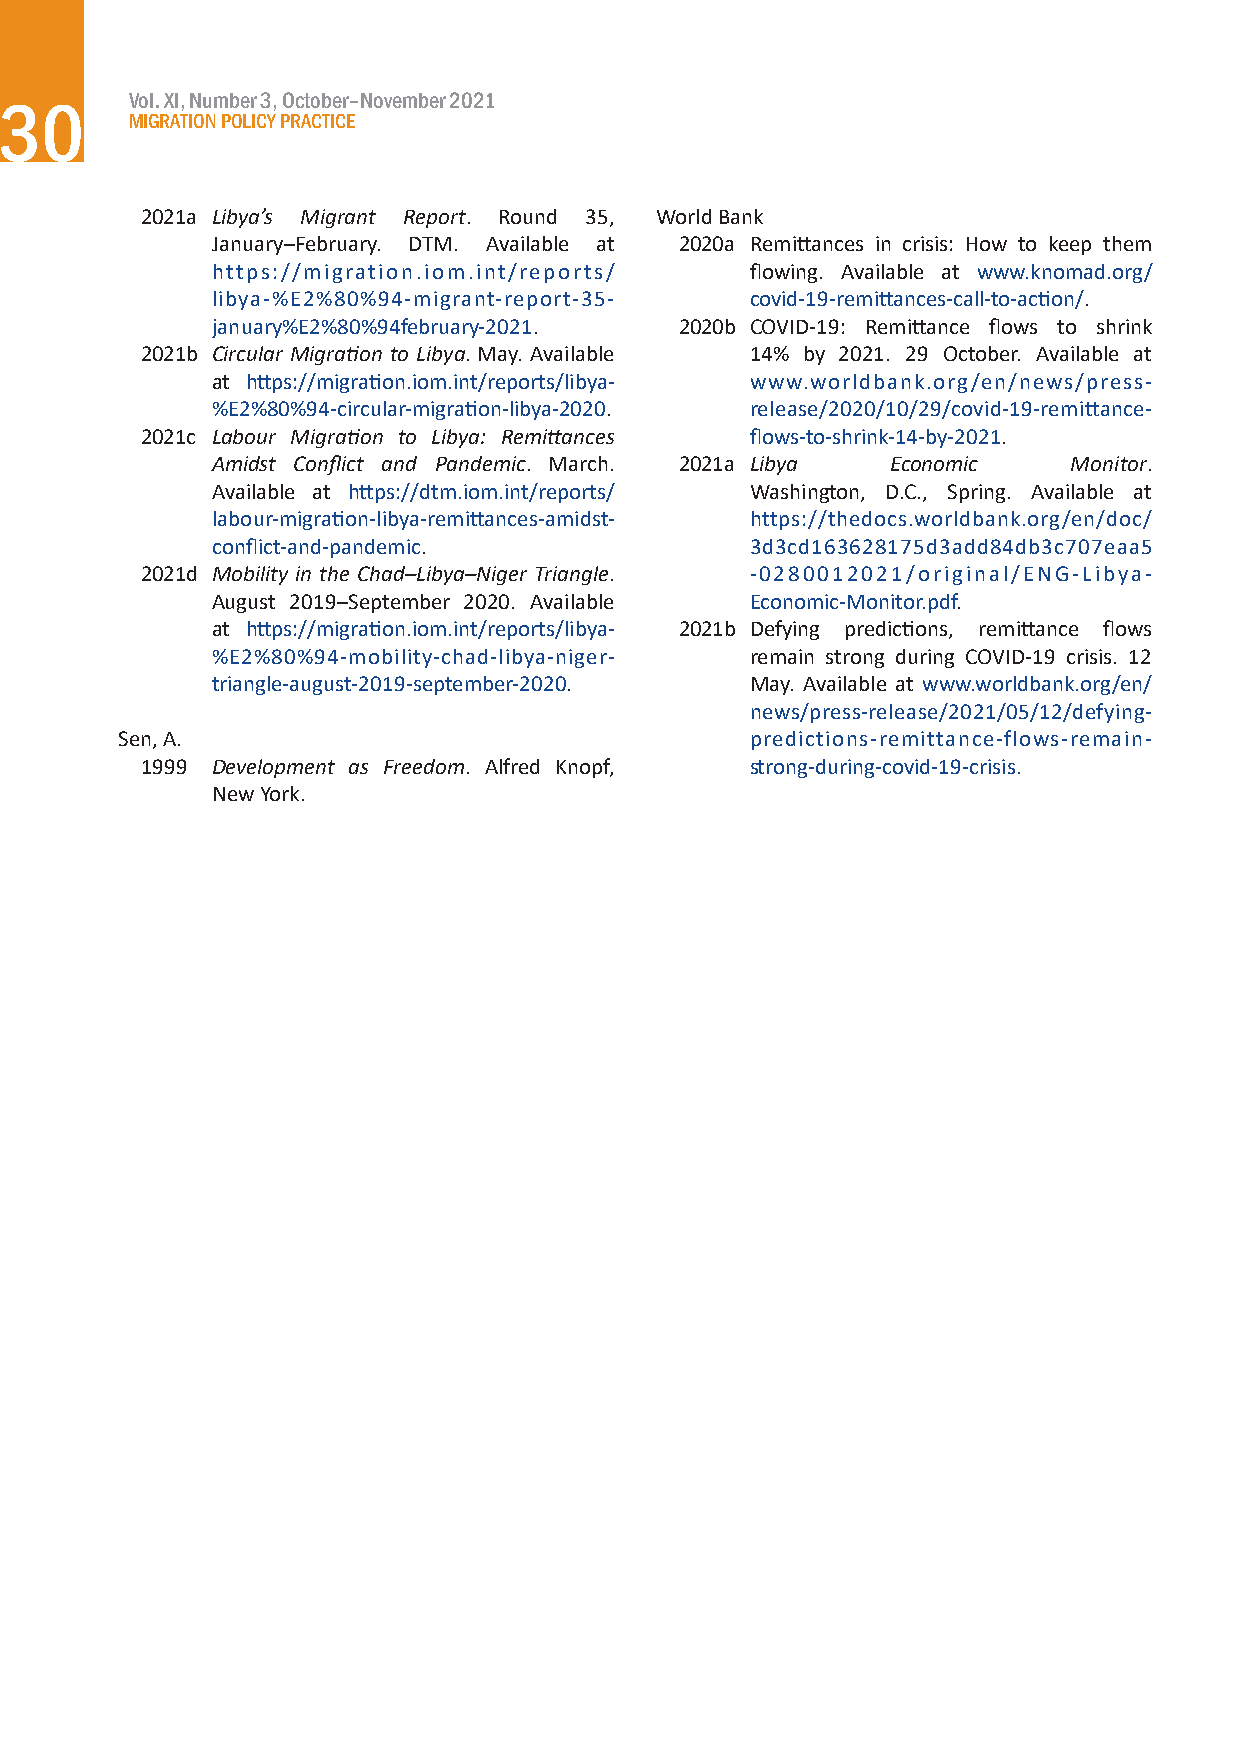
Vol. XI, Number 3, October–November 2021
 30
 MIGRATION POLICY PRACTICE
 2021a Libya’s Migrant Report. Round 35, World Bank
 January–February. DTM. Available at 2020a Remittances in crisis: How to keep them
 https://migration.iom.int/reports/  flowing. Available at www.knomad.org/
 libya-%E2%80%94-migrant-report-35-  covid-19-remittances-call-to-action/.
 january%E2%80%94february-2021. 2020b COVID-19: Remittance flows to shrink
 2021b Circular Migration to Libya. May. Available 14% by 2021. 29 October. Available at
 at https://migration.iom.int/reports/libya- www.worldbank.org/en/news/press-
 %E2%80%94-circular-migration-libya-2020. release/2020/10/29/covid-19-remittance-
 2021c Labour Migration to Libya: Remittances flows-to-shrink-14-by-2021.
 Amidst Conflict and Pandemic. March. 2021a Libya Economic Monitor.
 Available at https://dtm.iom.int/reports/ Washington, D.C., Spring. Available at
 labour-migration-libya-remittances-amidst- https://thedocs.worldbank.org/en/doc/
 conflict-and-pandemic.              3d3cd163628175d3add84db3c707eaa5
 2021d Mobility in the Chad–Libya–Niger Triangle. -0280012021/original/ENG-Libya-
 August 2019–September 2020. Available Economic-Monitor.pdf.
 at https://migration.iom.int/reports/libya- 2021b Defying predictions, remittance flows
 %E2%80%94-mobility-chad-libya-niger- remain strong during COVID-19 crisis. 12
 triangle-august-2019-september-2020. May. Available at www.worldbank.org/en/
 news/press-release/2021/05/12/defying-
 Sen, A.                                   predictions-remittance-flows-remain-
 1999 Development as Freedom. Alfred Knopf, strong-during-covid-19-crisis.
 New York.